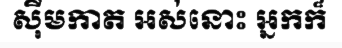
ស៊ីមកាត អស់នោះ អ្នកក៏